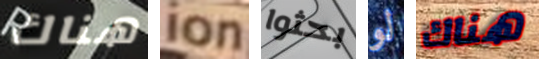
هناك ion بحثوا لو هناك